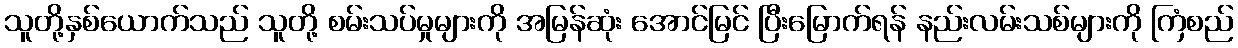
သူတို့နှစ်ယောက်သည် သူတို့ စမ်းသပ်မှုများကို အမြန်ဆုံး အောင်မြင် ပြီးမြောက်ရန် နည်းလမ်းသစ်များကို ကြံစည်